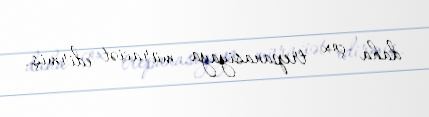
daha çox trepanasiyaya müraciət edirmiş.